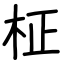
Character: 柾